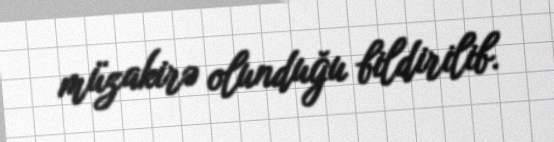
müzakirə olunduğu bildirilib.